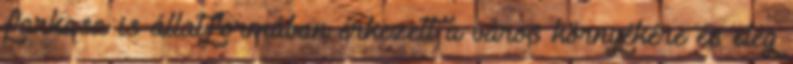
farkasa is állatformában érkezett a város környékére és elég